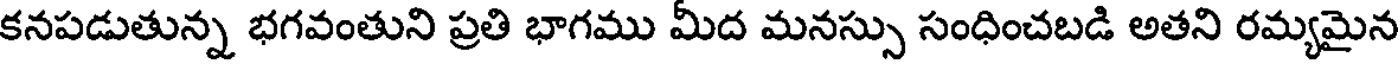
కనపడుతున్న భగవంతుని ప్రతి భాగము మీద మనస్సు సంధించబడి అతని రమ్యమైన